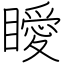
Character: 瞹